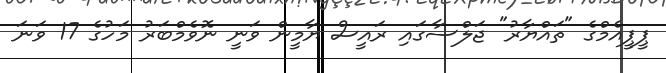
ޕީޕީއެމްގެ "ތައްޔާރު" ޖަލްސާގައި ރައީސް ޔާމީން ވަނީ ނޮވެމްބަރު މަހުގެ 17 ވަނަ